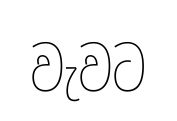
වැවට